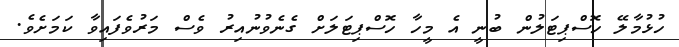
ހުޅުމާލޭ ހޮސްޕިޓަލުން ބުނީ އެ މީހާ ހޮސްޕިޓަލަށް ގެނެވުނުއިރު ވެސް މަރުވެފައިވާ ކަމަށެވެ.